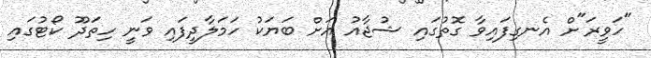
"ހަވީރަ"ށް އެނގިފައިވާ ގޮތުގައި ޝުޖާއު އަށް ބަޔަކު ހަމަލާދީފައި ވަނީ ހިތަދޫ ކޯޓުގައި